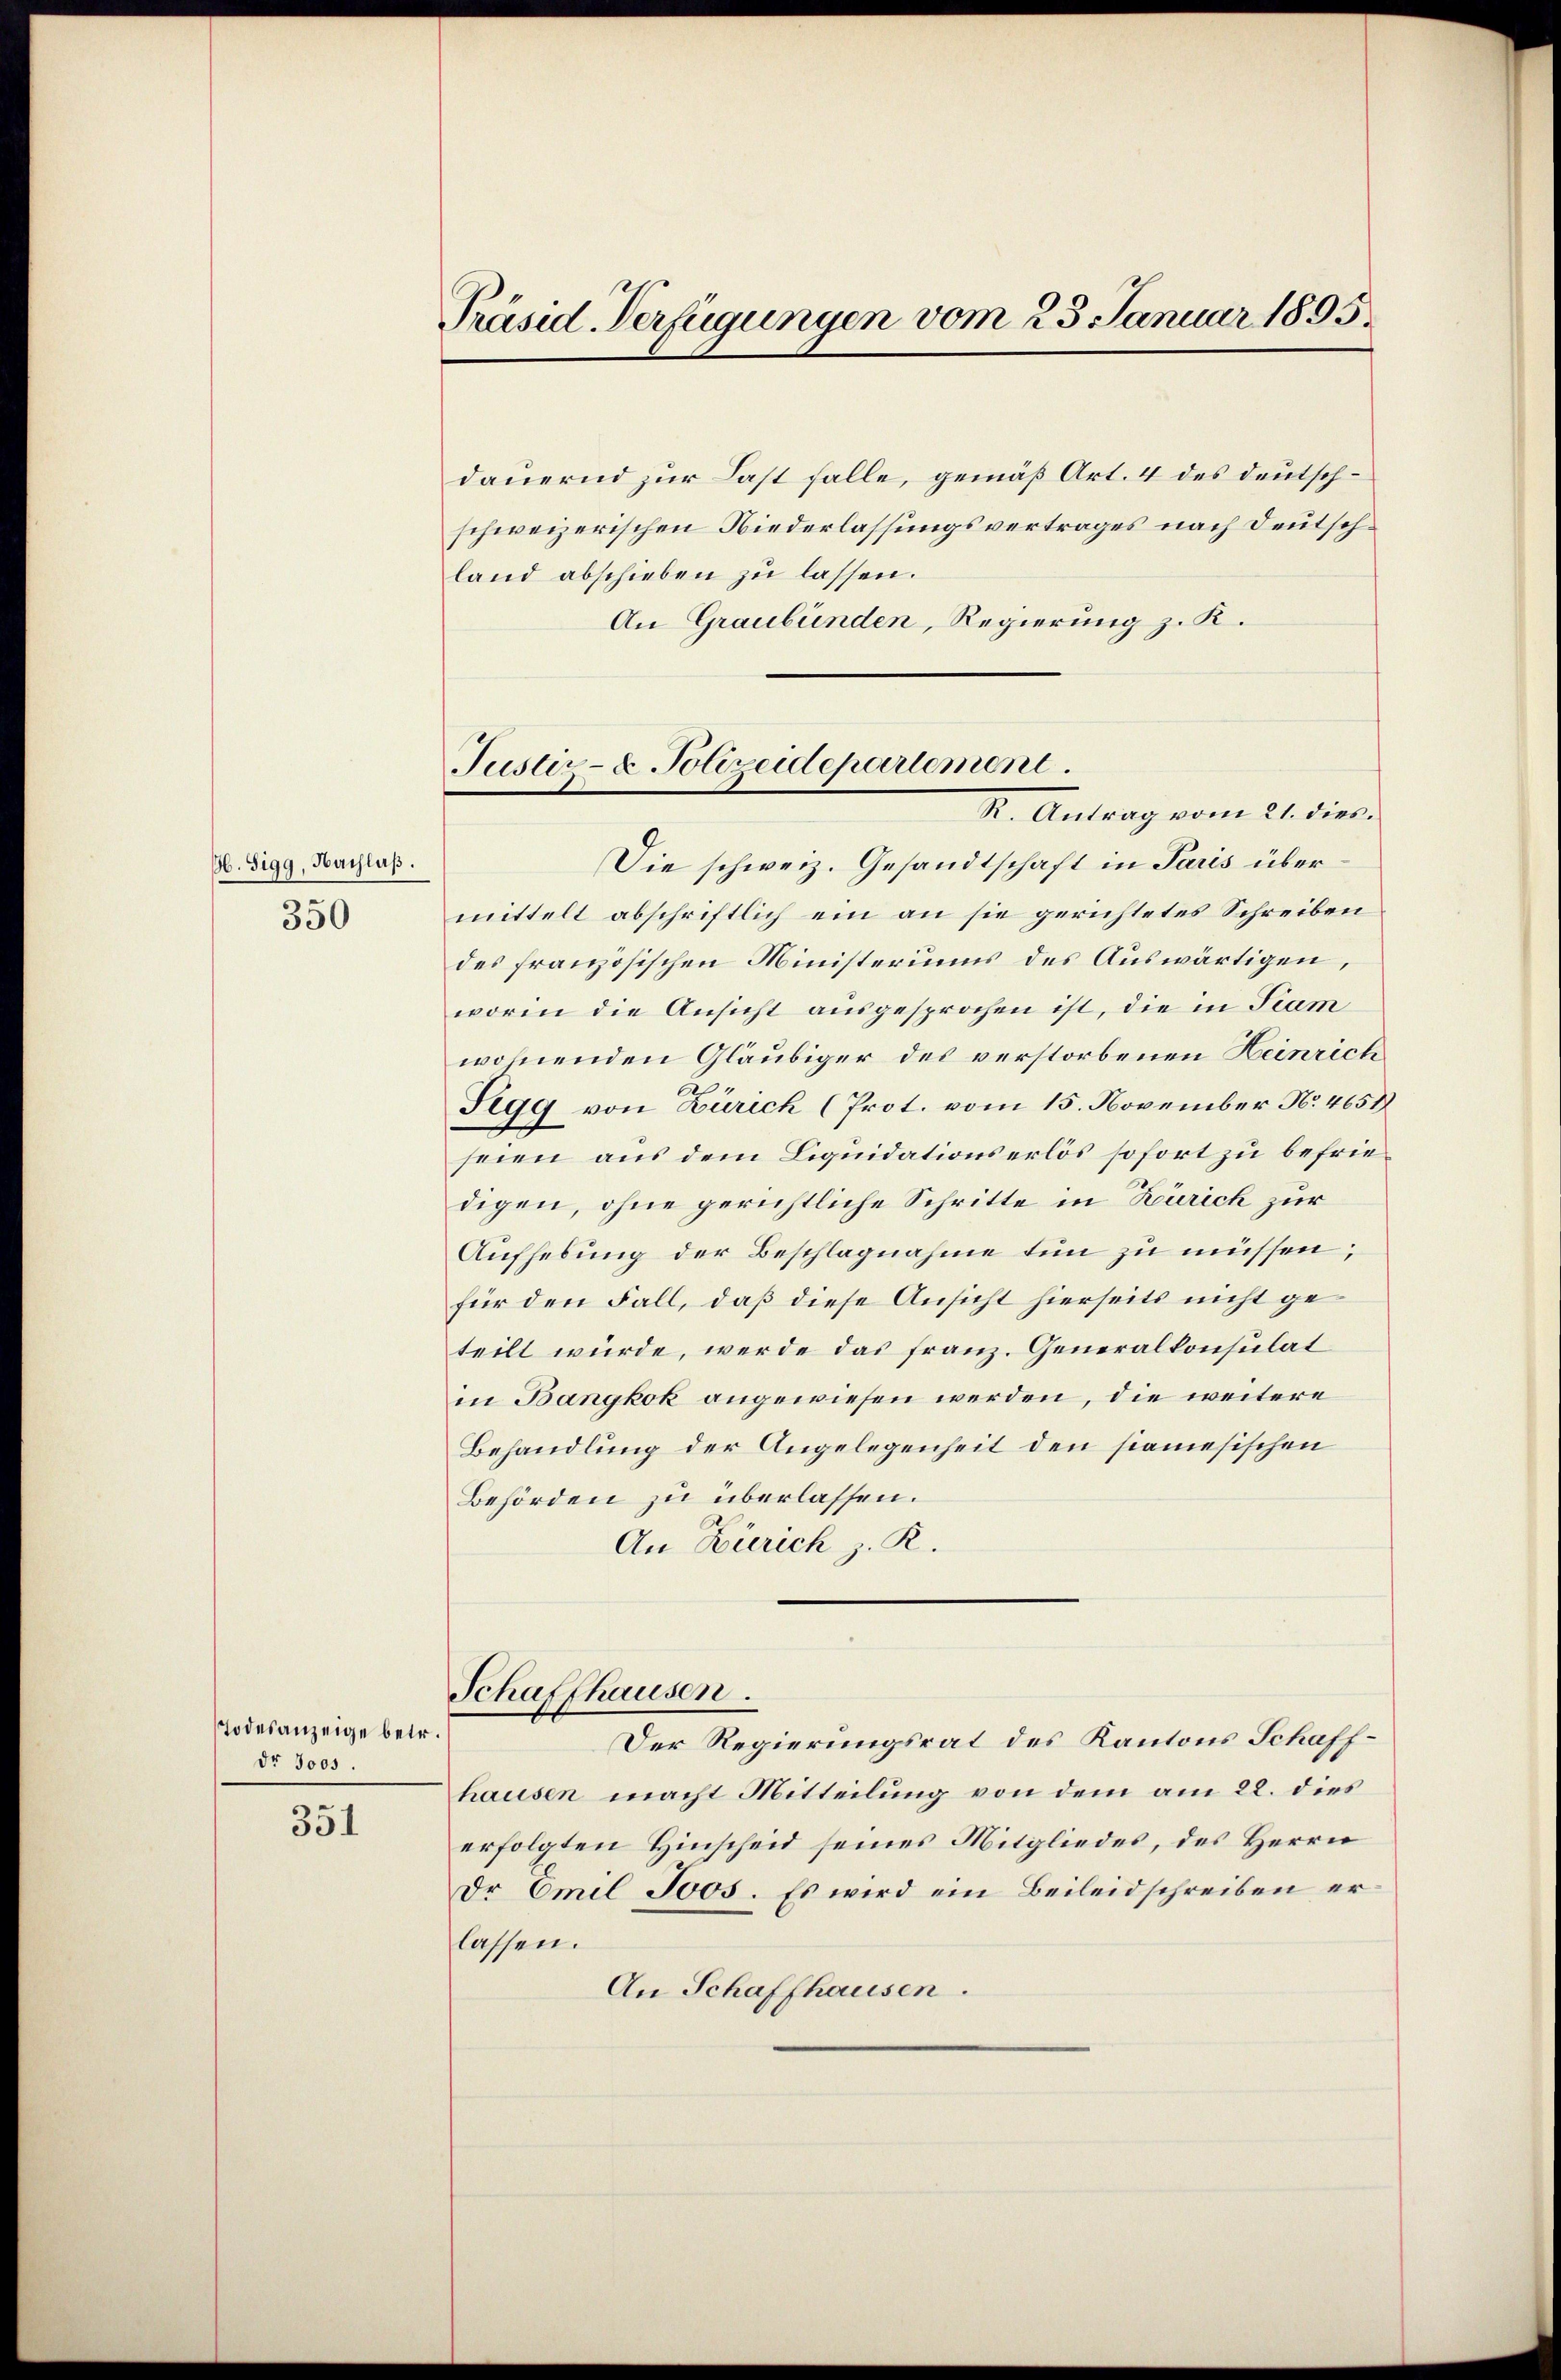
H. Sigg, Nachlaß.
350

Todesanzeige betr.
dr 3005.

s
531

Präsid. Verfügungen vom 23. Januar 1895.

Justiz- & Polizeidepartement.
R. Antrag vom 21. dies.

dauernd zur Last falle, gemäß Art. 4 des deutschschweizerischen Niederlassungsvertrages nach Deutschland abschieben zu lassen.
An Graubünden, Regierung z. K.
Die schweiz. Gesandtschaft in Paris übermittelt abschriftlich ein an sie gerichtetes Schreiben
des französischen Ministeriums des Auswärtigen,
worin die Ansicht ausgesprochen ist, die in Tram
wohnenden Gläubiger des verstorbenen Heinrich
Tegg von Zürich (Prot. vom 15. November No. 4658
seien aus dem Liquidationserlös sofort zu befriedigen, ohne gerichtliche Schritte in Zürich zur
Aufhebung der Beschlagnahme tun zu müssen;
für den Fall, daß diese Ansicht hierseits nicht geteilt würde, werde das Franz. Generalkonsulat
in Bangkok angewiesen werden, die weitere
Behandlung der Angelegenheit den siamesischen
Behörden zu überlassen.
An Zürich z. R.
Schaffhausen.
Der Regierungsrat des Kantons Schaffhausen macht Mitteilung von dem am 22. dies
erfolgten Hinscheid seines Mitgliedes, des Herrn
Dr Emil 3005. Es wird ein Beileidschreiben erlassen.
An Schaffhausen.